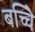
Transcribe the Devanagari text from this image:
बच्चेि